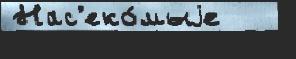
Нас'еко́мыjе